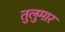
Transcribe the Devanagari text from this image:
तुलुमार